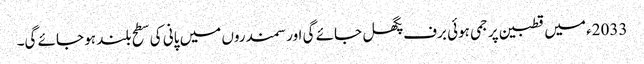
2033ء میں قطبین پر جمی ہوئی برف پگھل جائے گی اور سمندروں میں پانی کی سطح بلند ہو جائے گی۔